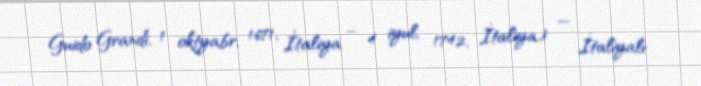
Guido Grandi, 1 oktyabr, 1671, İtaliya – 4 iyul, 1742, İtaliya) — İtaliyalı